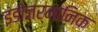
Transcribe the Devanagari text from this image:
इंडोजर्मानिक